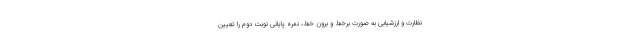
نظارت و ارزشیابی به صورت برخط و برون خط، نمره پایانی نوبت دوم را تعیین